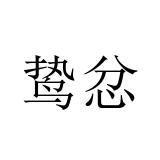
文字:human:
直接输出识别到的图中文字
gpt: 鸷忿